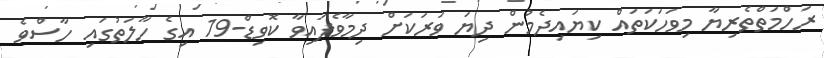
ރަހްމަތްތެރިޔާ މިވަހަކަތައް ކިޔައިދެމުން ދިޔަ ވަރަކަށް ދިމާވެފައިވާ ކޮވިޑް-19 އިގެ ހާލަތުގައި ހާސްވެ